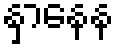
နှာနေန